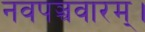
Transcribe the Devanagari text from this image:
नवपञ्चवारम्।